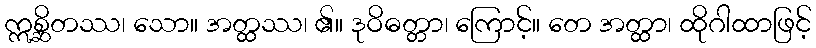
ဣစ္ဆိတဿ၊ သော။ အတ္ထဿ၊ ၏။ ဒုဝိဓတ္တာ၊ ကြောင့်။ တေ အတ္ထာ၊ ထိုဂါထာဖြင့်